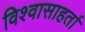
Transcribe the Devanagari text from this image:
विश्वासाहर्ता